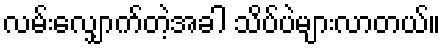
လမ်းလျှောက်တဲ့အခါ သိပ်ပဲများလာတယ်။